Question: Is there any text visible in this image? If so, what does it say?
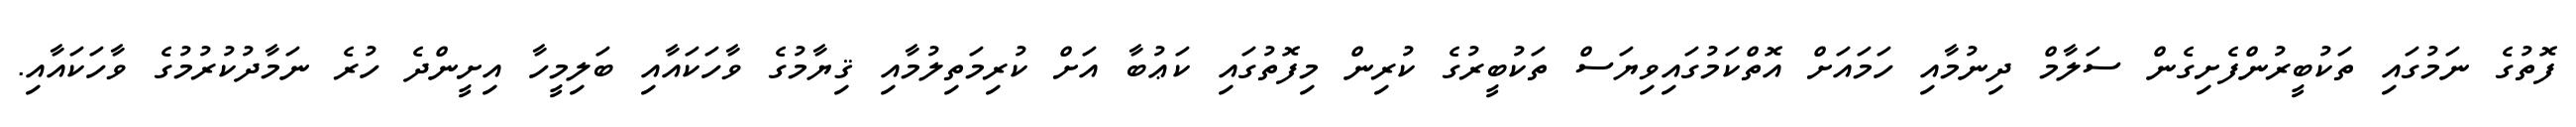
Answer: ފޮތުގެ ނަމުގައި ތަކުބީރުންފެށިގެން ސަލާމް ދިނުމާއި ހަމައަށް އޮތްކަމުގައިވިޔަސް ތަކުބީރުގެ ކުރިން މިފޮތުގައި ކަޢުބާ އަށް ކުރިމަތިލުމާއި ޤިޔާމުގެ ވާހަކައާއި ބަލިމީހާ އިށީންދެ ހުރެ ނަމާދުކުރުމުގެ ވާހަކައާއި.